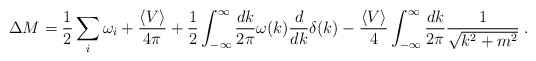
\begin{align*}\Delta M=\frac{1}{2}\sum_i\omega_i+\frac{\left<V\right>}{4\pi}+\frac{1}{2}\int_{-\infty}^{\infty}\frac{dk}{2\pi}\omega(k)\frac{d}{dk}\delta(k)-\frac{\left<V\right >}{4}\int_{-\infty}^\infty\frac{dk}{2\pi}\frac{1}{\sqrt{k^2+m^2}}\;.\end{align*}